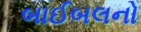
બાઈબલનો